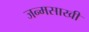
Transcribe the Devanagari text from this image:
जन्मसाखी